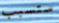
ستسبب